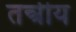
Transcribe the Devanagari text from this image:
तन्त्रीय